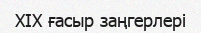
XIX ғасыр заңгерлері